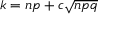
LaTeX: k = n p + c { \sqrt { n p q } }